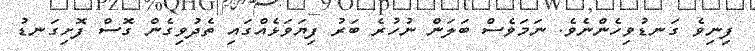
ފިނިވެ ގަނޑުވިހެންނެވެ. ނަމަވެސް ބަލަން ނުހުރެ ބަރު ފިޔަވަޅެއްގައި ތެދުވިގެން ގޮސް ފޮށިގަނޑު